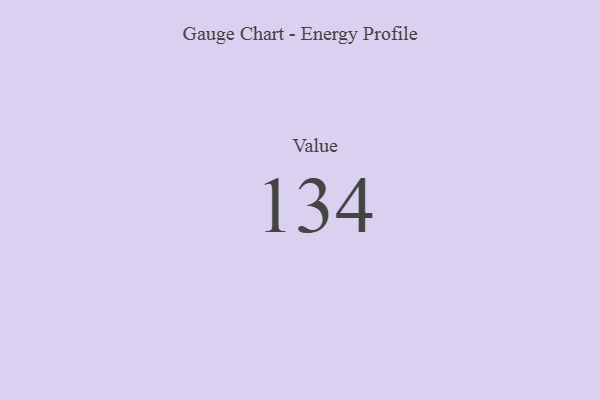
{"axis": {"x": "Metric", "y": "Value"}, "legend": [""], "data": [{"x": "Value", "y": 134, "type": ""}]}